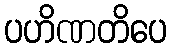
ပဟိဏတိပေ